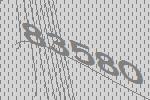
83580